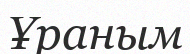
Ұраным